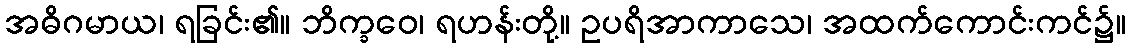
အဓိဂမာယ၊ ရခြင်း၏။ ဘိက္ခဝေ၊ ရဟန်းတို့။ ဥပရိအာကာသေ၊ အထက်ကောင်းကင်၌။